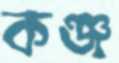
কঞ্জ